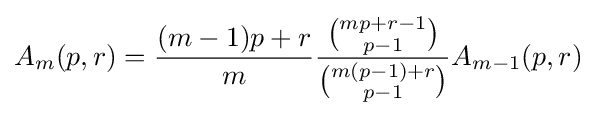
A_{m}(p,r)={\frac {(m-1)p+r}{m}}{\frac {\binom {mp+r-1}{p-1}}{\binom {m(p-1)+r}{p-1}}}A_{m-1}(p,r)